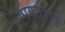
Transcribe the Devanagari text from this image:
वायूपुत्राज्